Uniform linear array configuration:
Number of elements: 12
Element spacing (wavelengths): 1
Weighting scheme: binomial
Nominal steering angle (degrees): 0
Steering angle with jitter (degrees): -1.575
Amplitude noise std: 0.05
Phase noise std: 0.05

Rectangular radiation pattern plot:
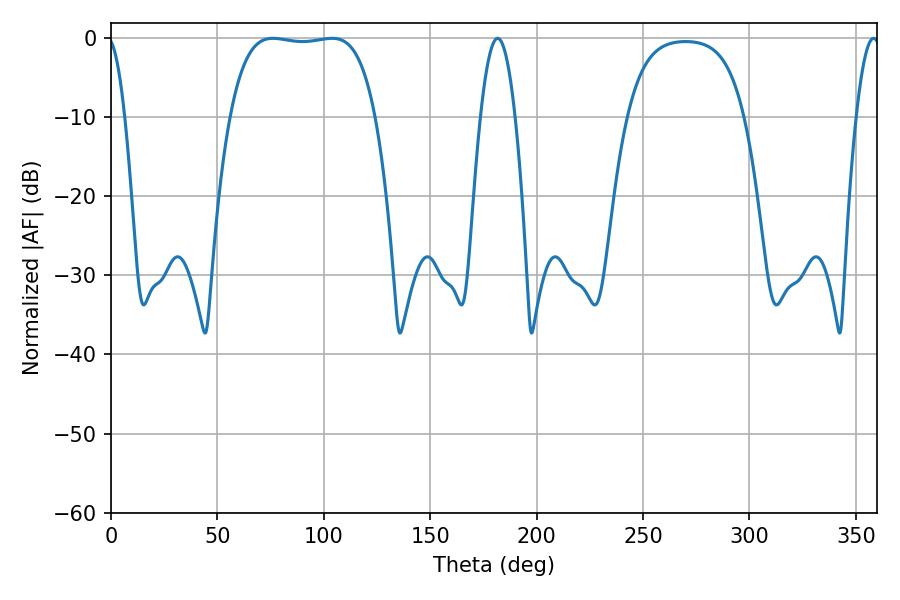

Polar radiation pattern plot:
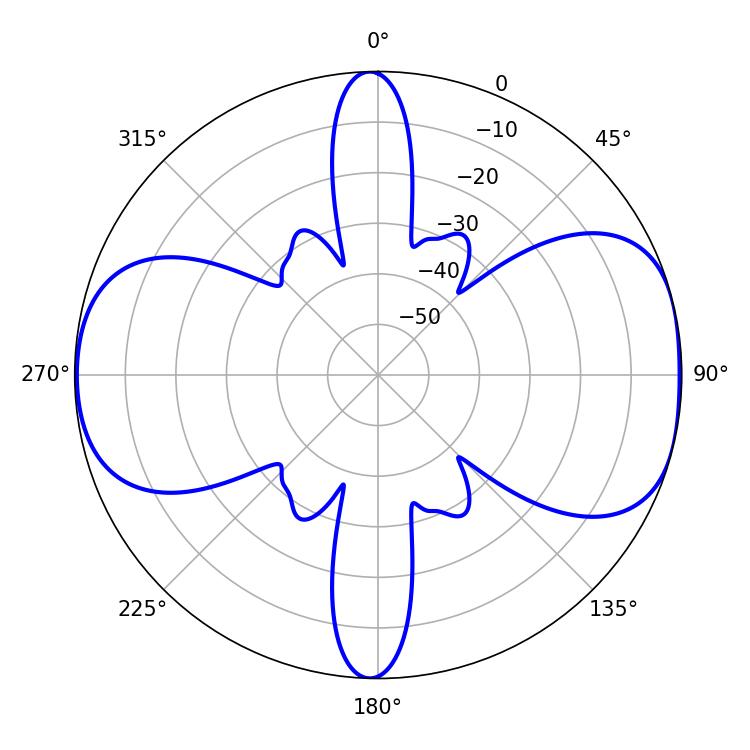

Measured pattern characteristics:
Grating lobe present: TRUE
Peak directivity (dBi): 8.407
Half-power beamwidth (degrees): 53.64
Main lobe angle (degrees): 76.14